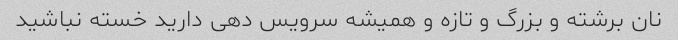
نان برشته و بزرگ و تازه و همیشه سرویس دهی دارید خسته نباشید